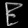
Digit: ၉